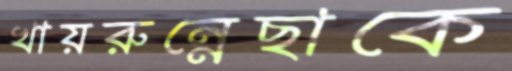
খায়রুন্নেছাকে